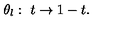
\theta _ { l } : \ t \rightarrow 1 - t .